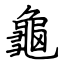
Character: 龜